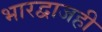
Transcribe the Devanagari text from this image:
भारद्वाजही